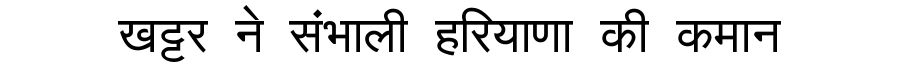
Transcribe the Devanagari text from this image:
खट्टर ने संभाली हरियाणा की कमान